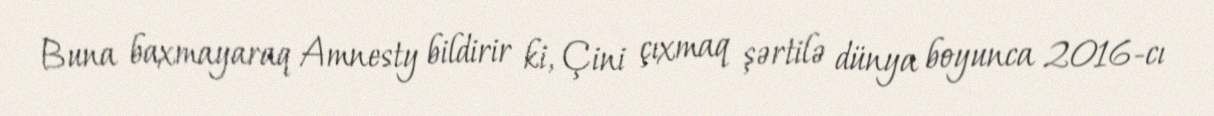
Buna baxmayaraq Amnesty bildirir ki, Çini çıxmaq şərtilə dünya boyunca 2016-cı